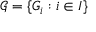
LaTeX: { \mathcal { G } } = \{ G _ { i } : i \in I \}